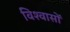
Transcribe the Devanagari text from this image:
विश्‍वासों